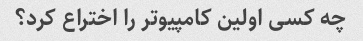
چه کسی اولین کامپیوتر را اختراع کرد؟